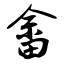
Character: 畲